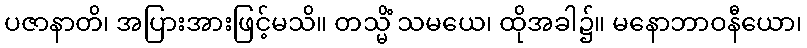
ပဇာနာတိ၊ အပြားအားဖြင့်မသိ။ တသ္မိံ သမယေ၊ ထိုအခါ၌။ မနောဘာဝနီယော၊